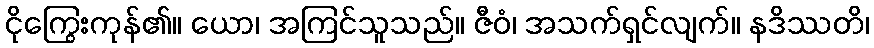
ငိုကြွေးကုန်၏။ ယော၊ အကြင်သူသည်။ ဇီဝံ၊ အသက်ရှင်လျက်။ နဒိဿတိ၊